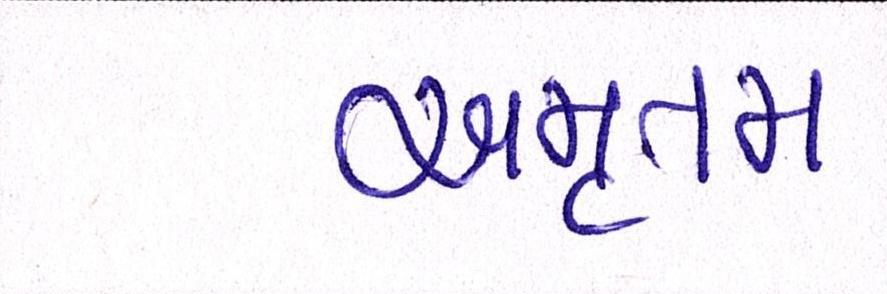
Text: અમૃતમ